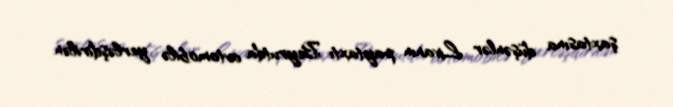
şaxtasına düşənlər Livanın paytaxtı Beyrutda avtomobilə yerləşdirilən